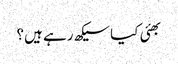
بھئی کیا سیکھ رہے ہیں؟